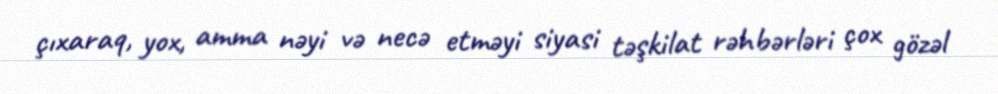
çıxaraq, yox, amma nəyi və necə etməyi siyasi təşkilat rəhbərləri çox gözəl